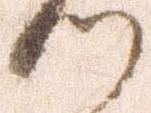
つ